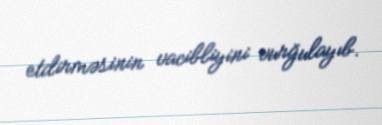
etdirməsinin vacibliyini vurğulayıb.